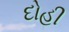
દોહી